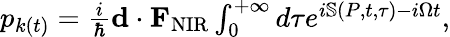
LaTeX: \begin{array}{r}{p_{k(t)}=\frac{i}{\hbar}{\mathbf d}\cdot{\mathbf F}_{\mathrm{NIR}}\int_{0}^{+\infty}d\tau e^{i\mathbb{S}(P,t,\tau)-i\Omega t},}\end{array}